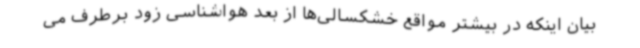
بیان اینکه در بیشتر مواقع خشکسالی‌ها از بعد هواشناسی زود برطرف می